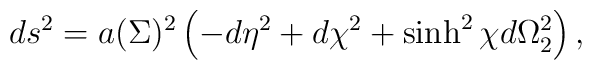
ds^2=a(\Sigma)^2\left(-d\eta^2+d\chi^2+\sinh^2 \chi d\Omega_2^2\right) ,